Epidemic dropsy in Calcutta - Number 45
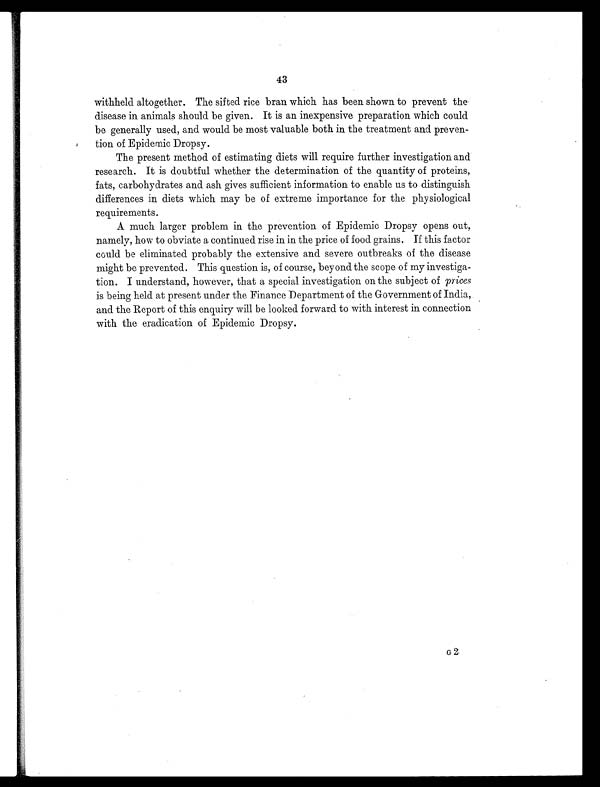
43
withheld altogether. The sifted rice bran which has been shown to prevent the
disease in animals should be given. It is an inexpensive preparation which could
be generally used, and would be most valuable both in the treatment and preven-
tion of Epidemic Dropsy.
The present method of estimating diets will require further investigation and
research. It is doubtful whether the determination of the quantity of proteins,
fats, carbohydrates and ash gives sufficient information to enable us to distinguish
differences in diets which may be of extreme importance for the physiological
requirements.
A much larger problem in the prevention of Epidemic Dropsy opens out,
namely, how to obviate a continued rise in in the price of food grains. If this factor
could be eliminated probably the extensive and severe outbreaks of the disease
might be prevented. This question is, of course, beyond the scope of my investiga-
tion. I understand, however, that a special investigation on the subject of prices
is being held at present under the Finance Department of the Government of India,
and the Report of this enquiry will be looked forward to with interest in connection
with the eradication of Epidemic Dropsy.